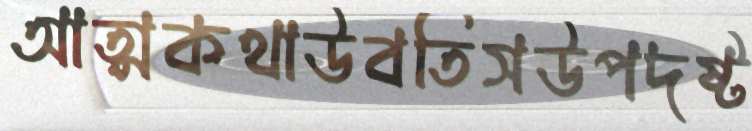
আত্মকথাউবতিসউপদষ্ট